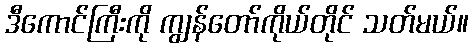
ဒီကောင်ကြီးကို ကျွန်တော်ကိုယ်တိုင် သတ်မယ်။